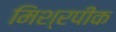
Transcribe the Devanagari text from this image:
मिश्रपीक